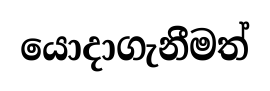
යොදාගැනීමත්